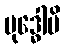
ဗုဒ္ဓေါပိ